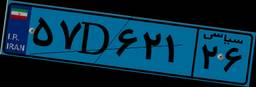
۳۶D۲۸۰۲۹